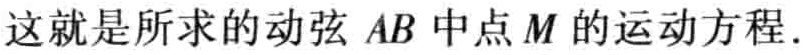
这就是所求的动弦 \(AB\) 中点 \(M\) 的运动方程.